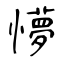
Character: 懜